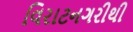
વિરાટનગરીથી